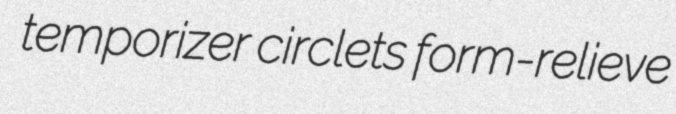
temporizer circlets form-relieve